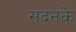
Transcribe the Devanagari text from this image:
सदनके